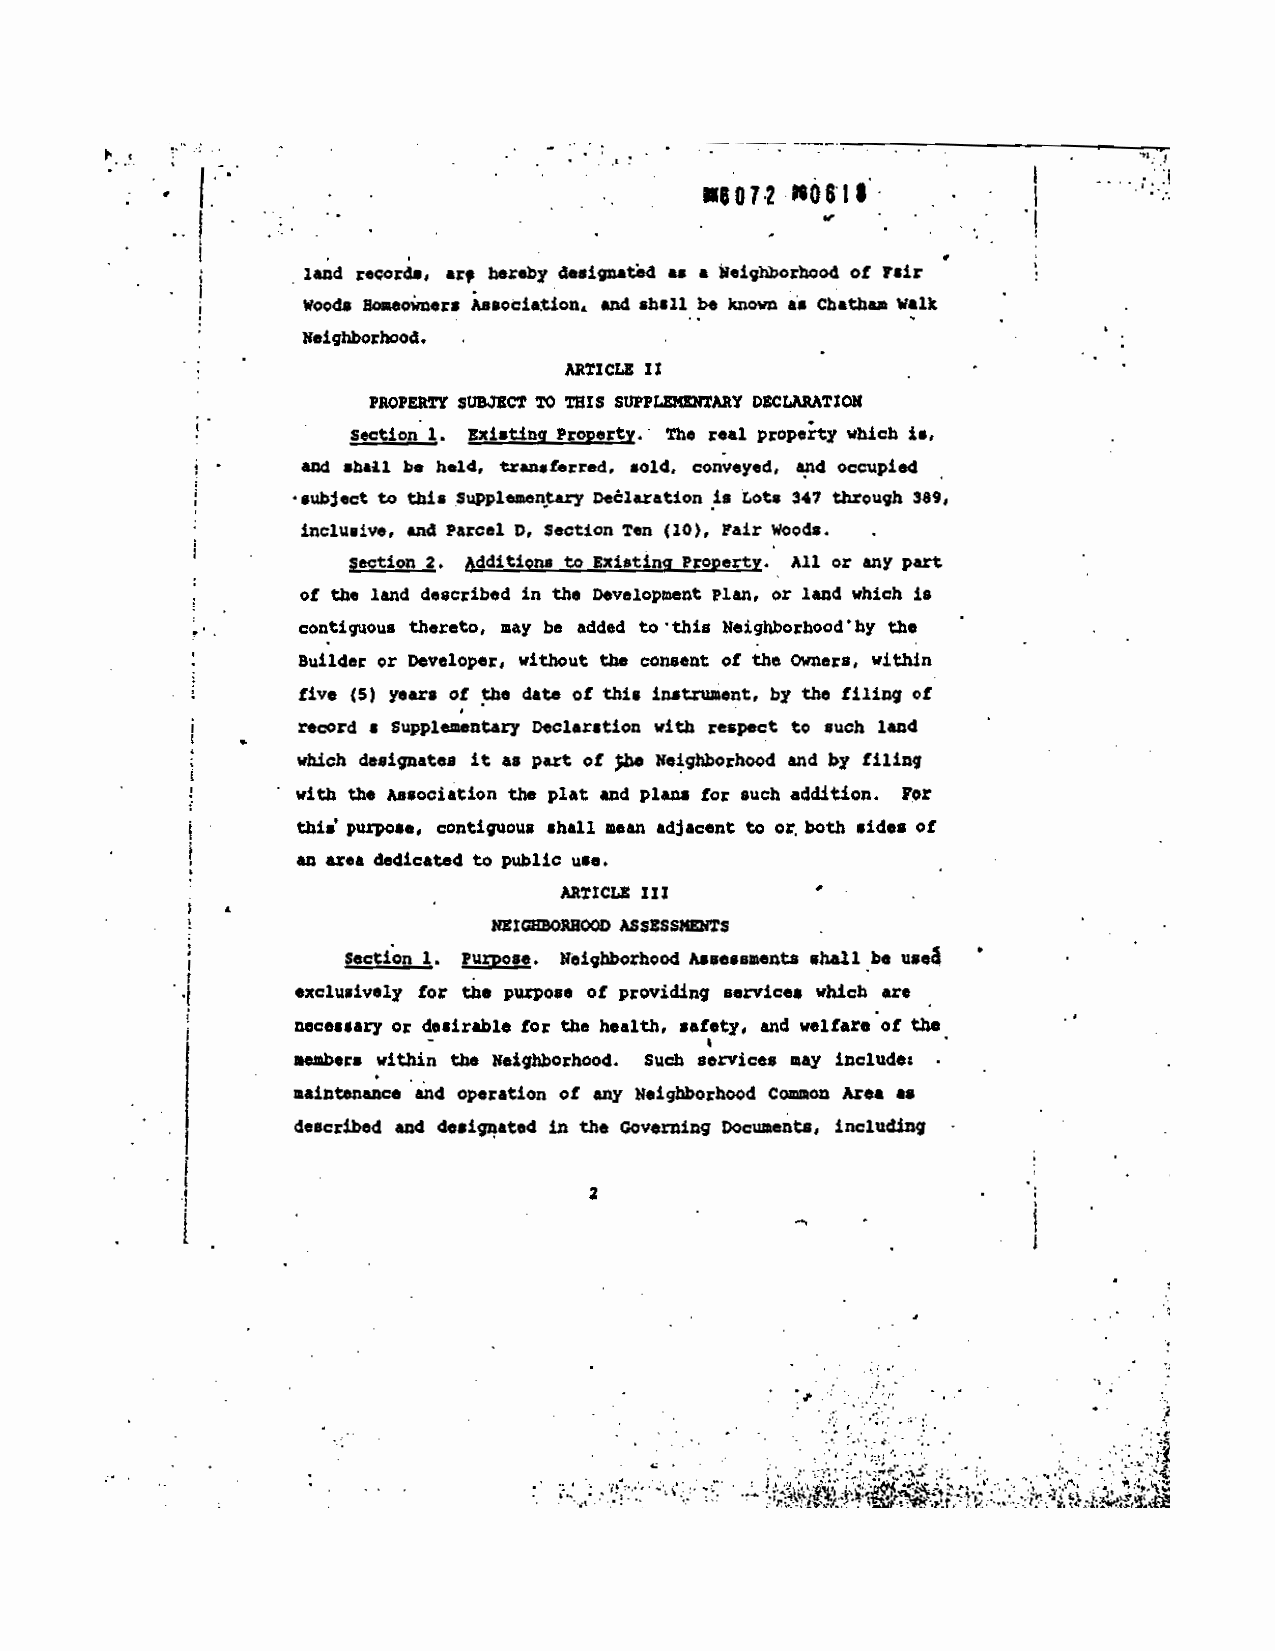
.507? p$Q$%$
 •1
 of fair
 as & jeigorhoOd
 land records, a, hereby designaSd
 shall be known U Cbathaa Walk
 ABsQcittiOfl. .nd
 woods SoaeOWners
 Neighborhood.
 AItTICLR IX
 piOPERTY SUB3ECT TO TEIS 5DPpnU2ITAA D2CWPSTXQ)I
 real property which is.
 sectiOn 1. nisting Property.- The
 sold, conveyed, and occupied
 and shall be held, transferred,
 tots 347 through 389.
 to this supplem*nSflY peblaxation is
 subject
 Parcel 0, 5ectiOn Ten (10), Fair WoQds.
 inclusive, and
 Existing Propert!. All, or any part
 Section 2. AdditiOn. to
 Developlxsent Plan, or land which is   4
 of the land described in the
 to this NeighborhoodS by the
 contiguous thereto, may be added
 the consent of the Owners, within
 or Developer, without
 Builder
 instflleflt, by the filing of
 five (5) years of the dat. of this
 with respect to such land
 record a supplementary Declaration   Iilin
 Neighborhood ad by
 which designates it as part of ha
 with the Association the plat and plan. for such addition. for
 of
 mean adjacent to or. both sides
 this' purpose, contiguous shall
 an area dedicated to public use.
 MTXCLZ XIX
 11ZIG2OBBOOD ASSZSS*4D1TS
 Assessments shall be use&
 Section 1. Purpose. Neighborhood
 services which are
 exclusively for the purpose of providing
 and welfare of the
 necessary or desirable for the health, safety,
 members within the Neighborhood. Such services may include:
 CoaOn Area &5
 and operation of any Neighborhood
 maintenance
 Documents, including -
 described and designated in the Governing
 2
 /-
 .
 .               . .
 -                 4